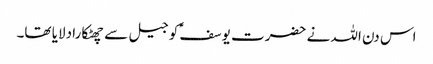
اس دن اللہ نے حضرت یوسفؑ کو جیل سے چھٹکارا دلایا تھا۔